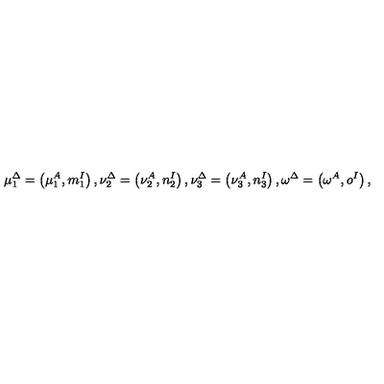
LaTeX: \mu _ { 1 } ^ { \Delta } = \left( \mu _ { 1 } ^ { A } , m _ { 1 } ^ { I } \right) , \nu _ { 2 } ^ { \Delta } = \left( \nu _ { 2 } ^ { A } , n _ { 2 } ^ { I } \right) , \nu _ { 3 } ^ { \Delta } = \left( \nu _ { 3 } ^ { A } , n _ { 3 } ^ { I } \right) , \omega ^ { \Delta } = \left( \omega ^ { A } , o ^ { I } \right) ,